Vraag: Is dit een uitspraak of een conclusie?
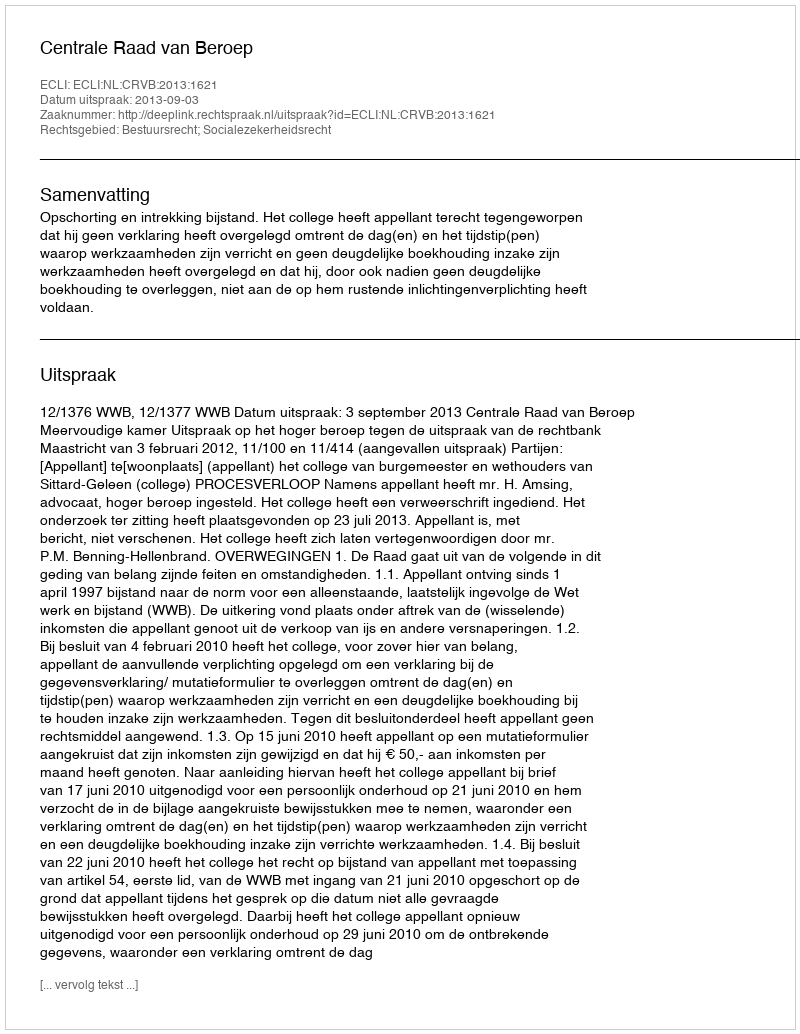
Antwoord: Uitspraak